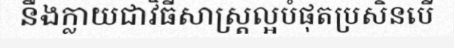
នឹងក្លាយជាវិធីសាស្ត្រល្អបំផុតប្រសិនបើ